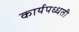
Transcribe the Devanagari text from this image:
कार्यपध्धती